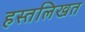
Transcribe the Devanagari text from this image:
हस्तलिखत